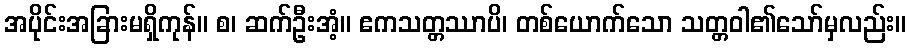
အပိုင်းအခြားမရှိကုန်။ စ၊ ဆက်ဦးအံ့။ ဧကသတ္တဿာပိ၊ တစ်ယောက်သော သတ္တဝါ၏သော်မှလည်း။